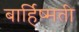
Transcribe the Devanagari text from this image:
बार्हिष्मती